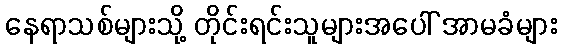
နေရာသစ်များသို့ တိုင်းရင်းသူများအပေါ် အာမခံများ